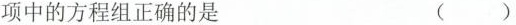
项中的方程组正确的是 ()